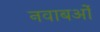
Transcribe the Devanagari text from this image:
नवाबओं